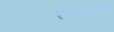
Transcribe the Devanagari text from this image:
सेन्ट्रलला